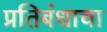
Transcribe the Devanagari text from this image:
प्रतिबंधाचा